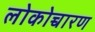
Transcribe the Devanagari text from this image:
लोकोच्चारण